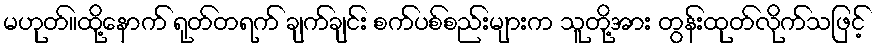
မဟုတ်။ထို့နောက် ရုတ်တရက် ချက်ချင်း စက်ပစ်စည်းများက သူတို့အား တွန်းထုတ်လိုက်သဖြင့်